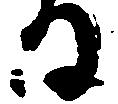
る